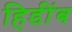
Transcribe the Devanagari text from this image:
हिडींब